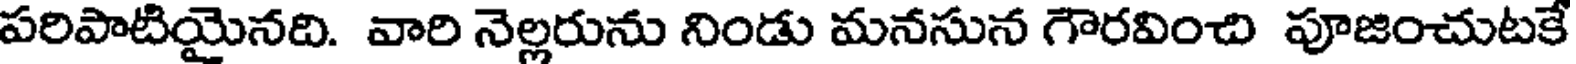
పరిపాటియైనది. వారి నెల్లరును నిండు మనసున గౌరవించి పూజించుటకే